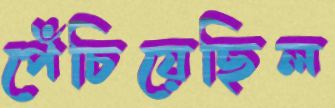
পেঁচিয়েছিল